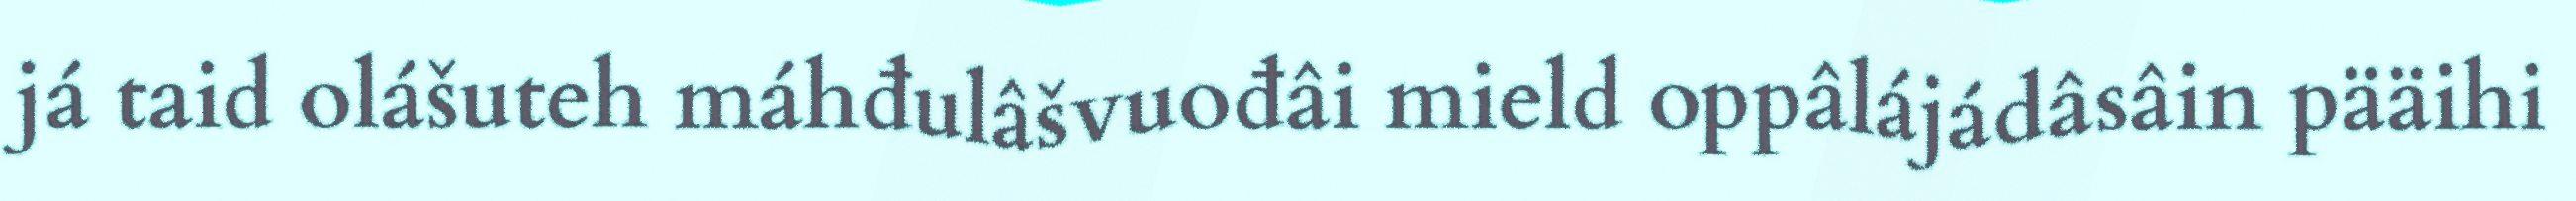
já taid olášuteh máhđulâšvuođâi mield oppâlájádâsâin pääihi